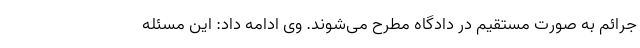
جرائم به صورت مستقیم در دادگاه مطرح می‌شوند. وی ادامه داد: این مسئله